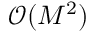
\mathcal { O } ( M ^ { 2 } )